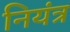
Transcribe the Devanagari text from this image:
नियंत्र